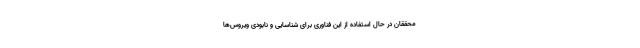
محققان در حال استفاده از این فناوری برای شناسایی و نابودی ویروس‌ها